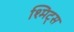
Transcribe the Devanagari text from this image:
श्मिट्स